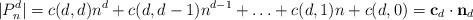
\begin{align*}|P_n^d| = c(d,d)n^d + c(d,d-1)n^{d-1} + \ldots + c(d,1)n + c(d,0) = \mathbf{c}_d \cdot \mathbf{n}_d\end{align*}